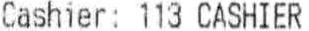
CASHIER: 113 CASHIER